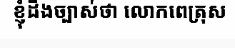
ខ្ញុំដឹងច្បាស់ថា លោកពេត្រុស